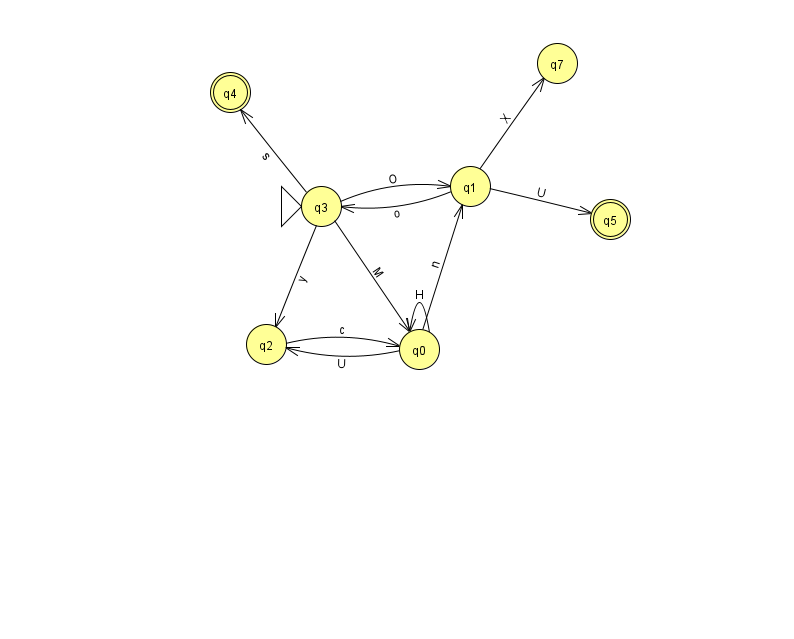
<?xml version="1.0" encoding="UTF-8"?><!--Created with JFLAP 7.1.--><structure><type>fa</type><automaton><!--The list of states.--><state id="0" name="q0"><x>419.0</x><y>336.0</y></state><state id="1" name="q1"><x>470.0</x><y>173.0</y></state><state id="2" name="q2"><x>266.0</x><y>331.0</y></state><state id="3" name="q3"><x>321.0</x><y>193.0</y><initial/></state><state id="4" name="q4"><x>230.0</x><y>79.0</y><final/></state><state id="5" name="q5"><x>610.0</x><y>206.0</y><final/></state><state id="7" name="q7"><x>557.0</x><y>50.0</y></state><!--The list of transitions.--><transition><from>3</from><to>4</to><read>s</read></transition><transition><from>1</from><to>3</to><read>o</read></transition><transition><from>1</from><to>7</to><read>X</read></transition><transition><from>3</from><to>1</to><read>O</read></transition><transition><from>3</from><to>2</to><read>y</read></transition><transition><from>0</from><to>1</to><read>n</read></transition><transition><from>0</from><to>0</to><read>H</read></transition><transition><from>0</from><to>2</to><read>U</read></transition><transition><from>3</from><to>0</to><read>M</read></transition><transition><from>1</from><to>5</to><read>U</read></transition><transition><from>2</from><to>0</to><read>c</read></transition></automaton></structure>